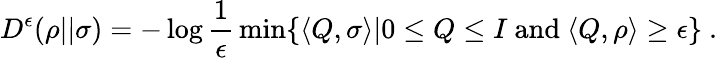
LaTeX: D^{\epsilon}(\rho||\sigma)=-\log{\frac{1}{\epsilon}}\operatorname*{min}\{ \langle Q,\sigma\rangle|0\leq Q\leq I{\mathrm{~and~}}\langle Q,\rho\rangle\geq\epsilon\} ~.